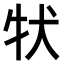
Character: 𤘲